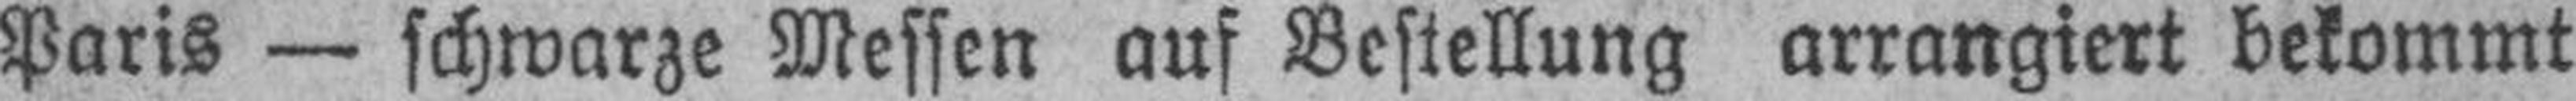
Paris — schwarze Messen auf Bestellung arrangiert bekommt